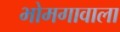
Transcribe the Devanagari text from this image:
भोमगावाला